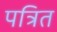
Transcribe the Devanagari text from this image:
पत्रित